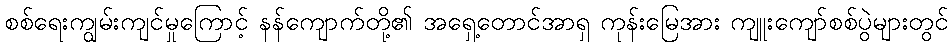
စစ်ရေးကျွမ်းကျင်မှုကြောင့် နန်ကျောက်တို့၏ အရှေ့တောင်အာရှ ကုန်းမြေအား ကျူးကျော်စစ်ပွဲများတွင်